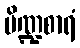
ပိဏ္ဍစာရံ